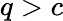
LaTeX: q>c